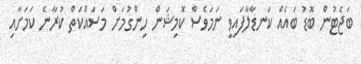
ބަޖެޓުން ބޮޑު ބައެއް ކަނޑާލާފައިވީ ނަމަވެސް ކޮމިޝަން ހިންގުމަށް މަސައްކަތް ކުރާނެ ކަމަށާއި